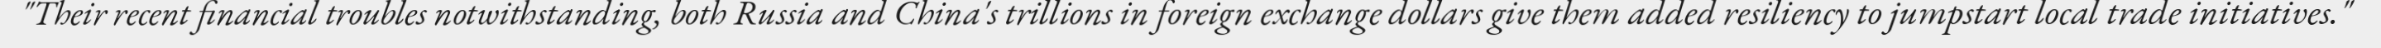
"Their recent financial troubles notwithstanding, both Russia and China's trillions in foreign exchange dollars give them added resiliency to jumpstart local trade initiatives."